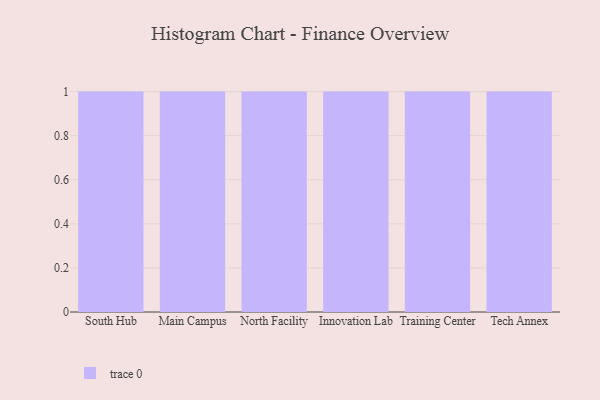
{"axis": {"x": "Campus", "y": "Temperature (°C)"}, "legend": [""], "data": [{"x": "South Hub", "y": 83, "type": ""}, {"x": "Main Campus", "y": 36, "type": ""}, {"x": "North Facility", "y": 3, "type": ""}, {"x": "Innovation Lab", "y": 10, "type": ""}, {"x": "Training Center", "y": 40, "type": ""}, {"x": "Tech Annex", "y": 25, "type": ""}]}